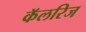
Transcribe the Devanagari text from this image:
कॅलरिज